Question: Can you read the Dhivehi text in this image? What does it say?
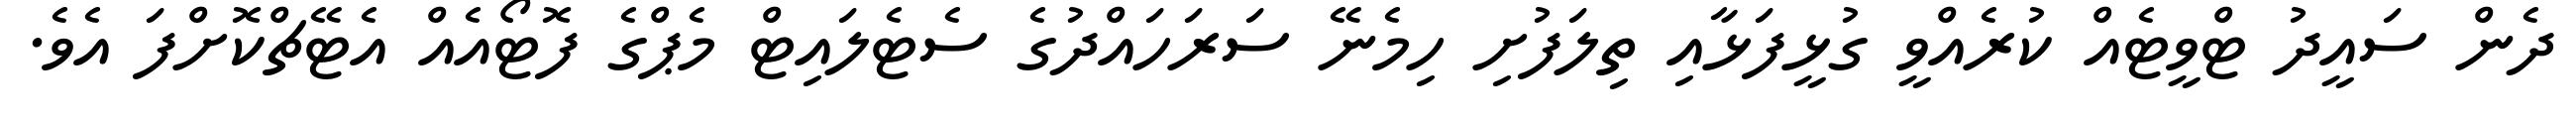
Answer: ދެން ސައީދު ޓްވީޓެއް ކުރެއްވީ ގުޅީފަޅާއި ތިލަފުށި ހިމެނޭ ސަރަހައްދުގެ ސެޓެލައިޓް މެޕްގެ ފޮޓޯއެއް އެޓޭޗްކޮށްފަ އެވެ.